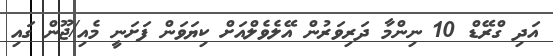
އަދި ގްރޭޑް 10 ނިންމާ ދަރިވަރުން އޭލެވެލްއަށް ކިޔަވަން ފަށަނީ މެއި/ޖޫން ގައި